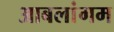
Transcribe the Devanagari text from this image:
आबलांगम